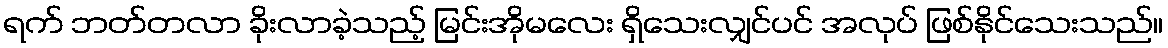
ရက် ဘတ်တလာ ခိုးလာခဲ့သည့် မြင်းအိုမလေး ရှိသေးလျှင်ပင် အလုပ် ဖြစ်နိုင်သေးသည်။